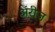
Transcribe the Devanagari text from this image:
ॲरीज